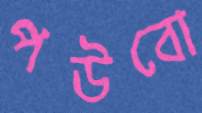
পউবো